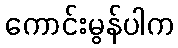
ကောင်းမွန်ပါက